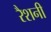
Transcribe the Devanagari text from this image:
रैशनी